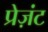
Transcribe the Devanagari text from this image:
प्रेज़ंट